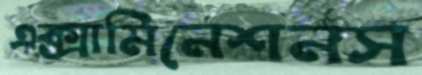
এক্সামিনেশনস